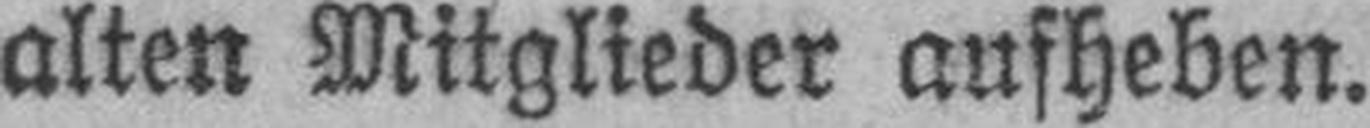
alten Mitglieder aufheben.